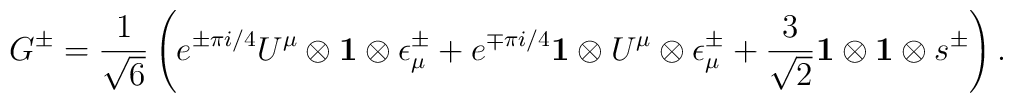
G^\pm = {1\over\sqrt6}\left(e^{\pm\pi i/4}U^\mu\otimes{\bf	1}\otimes \epsilon^\pm_\mu + e^{\mp\pi i/4}{\bf 1}\otimes	U^\mu\otimes \epsilon^\pm_\mu +{3\over\sqrt2}{\bf 1}\otimes{\bf	1}\otimes s^\pm\right) .